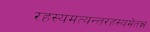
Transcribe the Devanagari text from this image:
रहस्यमत्यन्तरहस्यमेतन्न